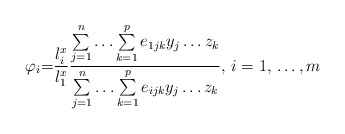
\begin{align*}\varphi_{i}\mathbf{=}\frac{l_{i}^{x}}{l_{1}^{x}}\frac{\sum\limits_{j=1}^n {\mathellipsis \sum\limits_{k=1}^p {e_{1jk}y_{j}\mathellipsis z_{k}} } }{\sum\limits_{j=1}^n {\mathellipsis \sum\limits_{k=1}^p {e_{ijk}y_{j}\mathellipsis z_{k}} } },\thinspace i=1,\thinspace \mathellipsis ,m\end{align*}